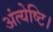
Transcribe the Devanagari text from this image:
अंत्येष्टि।